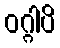
ဝဂ္ဂါပိ